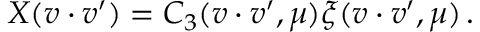
X ( v \cdot v ^ { \prime } ) = C _ { 3 } ( v \cdot v ^ { \prime } , \mu ) \xi ( v \cdot v ^ { \prime } , \mu ) \, .